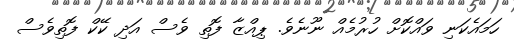
ހަމައެކަނި ވައްކޮށް ހުރުމެއް ނޫނެވެ. ޕިއްޒާ ފޮތި ވެސް އަދި ކޭކް ފޮތިވެސް